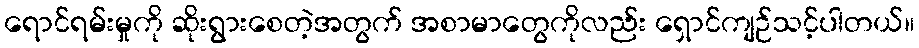
ရောင်ရမ်းမှုကို ဆိုးရွားစေတဲ့အတွက် အစာမာတွေကိုလည်း ရှောင်ကျဉ်သင့်ပါတယ်။